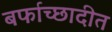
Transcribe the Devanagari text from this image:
बर्फाच्छादीत